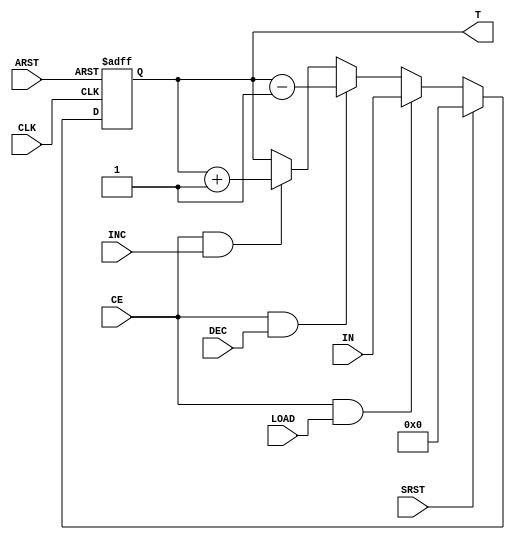
module Counter_reg #(parameter WIDTH = 4)(CLK, ARST, SRST, INC, DEC, CE, LOAD, IN, T);
input CLK, ARST, SRST;
input LOAD, INC, DEC, CE;
input [WIDTH-1:0] IN;
output reg [WIDTH-1:0] T;

always @(posedge CLK or posedge ARST)
begin
	if (ARST == 1'b1) T <= 0;
	else if (SRST == 1'b1) T <= 0;
	else if (CE == 1'b1 && LOAD == 1'b1) T <= IN;
	else if (CE == 1'b1 && DEC == 1'b1) T <= T - 1'h1;
	else if (CE == 1'b1 && INC == 1'b1) T <= T + 1'h1;
	else T <= T;
end 

endmodule